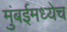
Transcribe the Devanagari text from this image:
मुंबईमध्येच